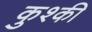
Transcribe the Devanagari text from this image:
कुश्की